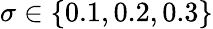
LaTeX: \sigma\in\{ 0.1,0.2,0.3\}